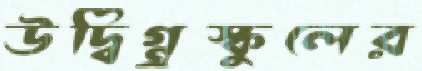
উদ্বিগ্ন্রস্কুলের